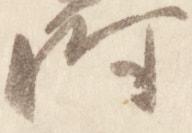
時